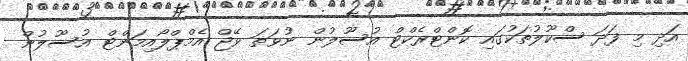
އަދި މި ފަދަ ސްކޫލުތަކުގައި ކޮންޓްރެކްޓް އުސޫލުން ނުވަތަ ވޭޖް އެމްޕްލޯއިމަންޓް އުސޫލުން